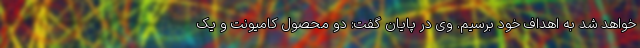
خواهد شد به اهداف خود برسیم. وی در پایان گفت: دو محصول کامیونت و یک